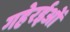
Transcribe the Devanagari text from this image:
गहेरईओं